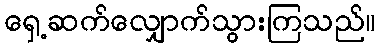
ရှေ့ဆက်လျှောက်သွားကြသည်။